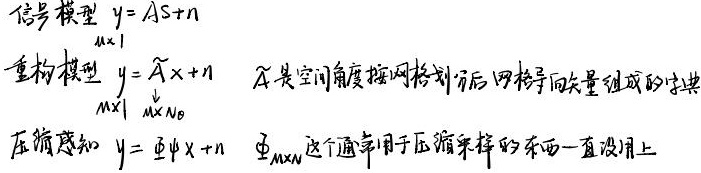
信号模型：
\[\begin{align*}
y&=As + n\\
_{M\times 1}
\end{align*}\]

重构模型：
\[\begin{align*}
y&=\widetilde{A}x + n\\
_{M\times 1}&_{M\times N_0}
\end{align*}\]

\(\widetilde{A}\)是空间角度按网格划分后，网格导向矢量组成的字典。

压缩感知：
\[\begin{align*}
y&=\varPhi x + n\\
&_{\varPhi_{M\times N}}
\end{align*}\]

这个通常用于压缩采样的东西一直没用上。